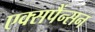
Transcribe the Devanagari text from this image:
एक्सपैंन्सन